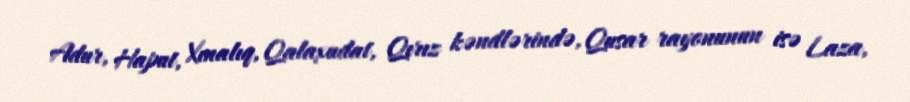
Adur, Haput, Xınalıq, Qalaxudat, Qırız kəndlərində, Qusar rayonunun isə Laza,